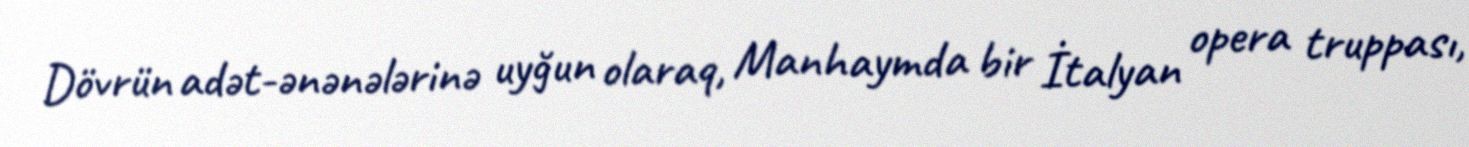
Dövrün adət-ənənələrinə uyğun olaraq, Manhaymda bir İtalyan opera truppası,